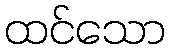
ထင်သော